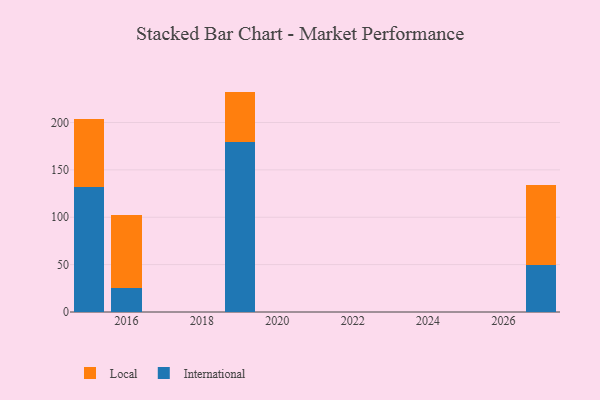
{"axis": {"x": "Year", "y": "Active Users"}, "legend": ["International", "Local"], "data": [{"x": "2019", "y": 179.0, "type": "International"}, {"x": "2019", "y": 53.6, "type": "Local"}, {"x": "2016", "y": 25.0, "type": "International"}, {"x": "2016", "y": 77.8, "type": "Local"}, {"x": "2027", "y": 49.4, "type": "International"}, {"x": "2027", "y": 85.0, "type": "Local"}, {"x": "2015", "y": 132.2, "type": "International"}, {"x": "2015", "y": 71.2, "type": "Local"}]}